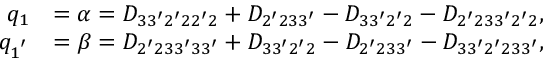
\begin{array} { r l } { q _ { 1 } } & { = \alpha = D _ { 3 3 ^ { \prime } 2 ^ { \prime } 2 2 ^ { \prime } 2 } + D _ { 2 ^ { \prime } 2 3 3 ^ { \prime } } - D _ { 3 3 ^ { \prime } 2 ^ { \prime } 2 } - D _ { 2 ^ { \prime } 2 3 3 ^ { \prime } 2 ^ { \prime } 2 } , } \\ { q _ { 1 ^ { ' } } } & { = \beta = D _ { 2 ^ { \prime } 2 3 3 ^ { \prime } 3 3 ^ { \prime } } + D _ { 3 3 ^ { \prime } 2 ^ { \prime } 2 } - D _ { 2 ^ { \prime } 2 3 3 ^ { \prime } } - D _ { 3 3 ^ { \prime } 2 ^ { \prime } 2 3 3 ^ { \prime } } , } \end{array}